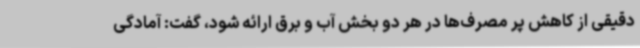
دقیقی از کاهش پر مصرف‌ها در هر دو بخش آب و برق ارائه شود، گفت: آمادگی